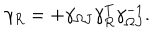
\gamma _ { R } = + \gamma _ { \Omega J } \gamma _ { R } ^ { T } \gamma _ { \Omega J } ^ { - 1 } .